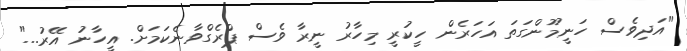
"އަދިވެސް ހަނީމޫންގަތަ އަހަރެން ހީކުރީ މިހާރު ނީރާ ވެސް ޕްރެގްވާނެކަމަށް. އީހާނު އޭރު..."